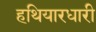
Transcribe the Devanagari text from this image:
हथियारधारी